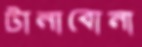
টানাবোনা